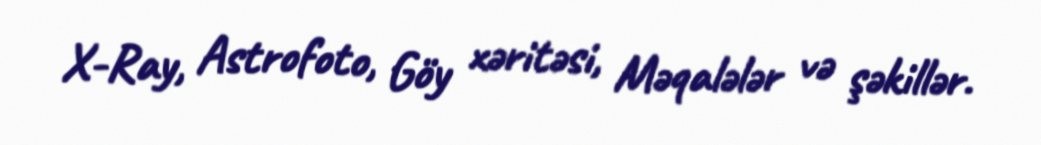
X-Ray, Astrofoto, Göy xəritəsi, Məqalələr və şəkillər.